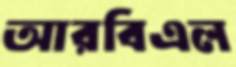
আরবিএল